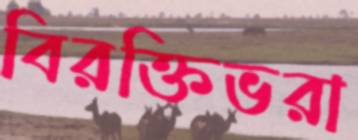
বিরক্তিভরা